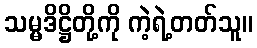
သမ္မဒိဋ္ဌိတို့ကို ကဲ့ရဲ့တတ်သူ။